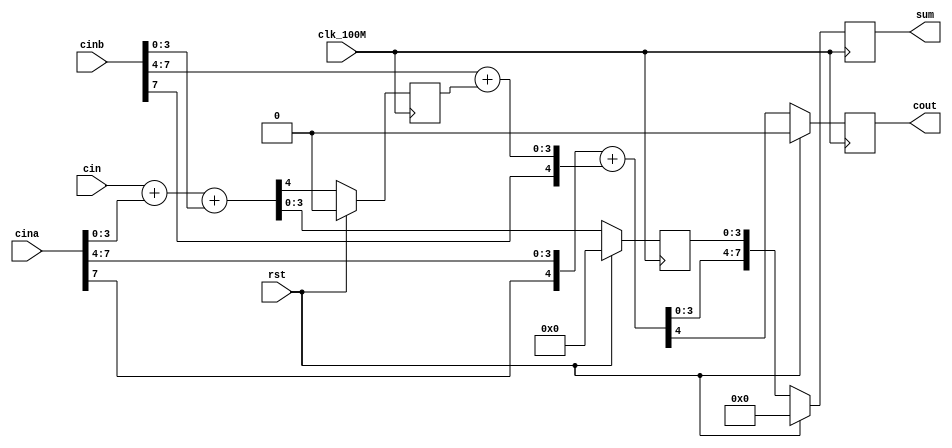
`timescale 1ns / 1ps
//////////////////////////////////////////////////////////////////////////////////
// Company: 
// Engineer: 
// 
// Design Name: 
// Module Name: add8_pipeline
// Project Name: 
// Target Devices: 
// Tool Versions: 
// Description: 
// 	8bit
// Dependencies: 
// 
// Revision:
// Revision 0.01 - File Created
// Additional Comments:
// 
//////////////////////////////////////////////////////////////////////////////////


module add8_pipeline(
	 input                      wire                     clk_100M
	,input                      wire                     rst
	,input                      wire                     cin
	,input                      wire         [7 : 0]     cina
	,input                      wire         [7 : 0]     cinb
	,output                     wire         [7 : 0]     sum
	,output                     wire                     cout
);
	reg [3 : 0] sum1;
	reg [7 : 0] sum_temp;
	reg cout1;
	reg cout2;
	
	assign cout = cout2;
	assign sum = sum_temp;
	
	always @ (posedge clk_100M) begin : FIRST_PIPLINE
		if(rst) begin
			sum1 <= 4'b0000;
			cout1 <= 1'b0;
		end else 
			{cout1, sum1} <= cin + cina[3 : 0] + cinb[3 : 0];
	end
	
	always @ (posedge clk_100M) begin : SECOND_PIPLINE
		if(rst) begin
			sum_temp <= 8'b0000_0000;
			cout2 <= 1'b0;
		end else 
			{cout2, sum_temp} <= {{cina[7], cina[7 : 4]} + {cinb[7], cinb[7 : 4] + cout1}, sum1};
	end
	
endmodule